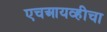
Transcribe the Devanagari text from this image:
एचआयव्हीचा